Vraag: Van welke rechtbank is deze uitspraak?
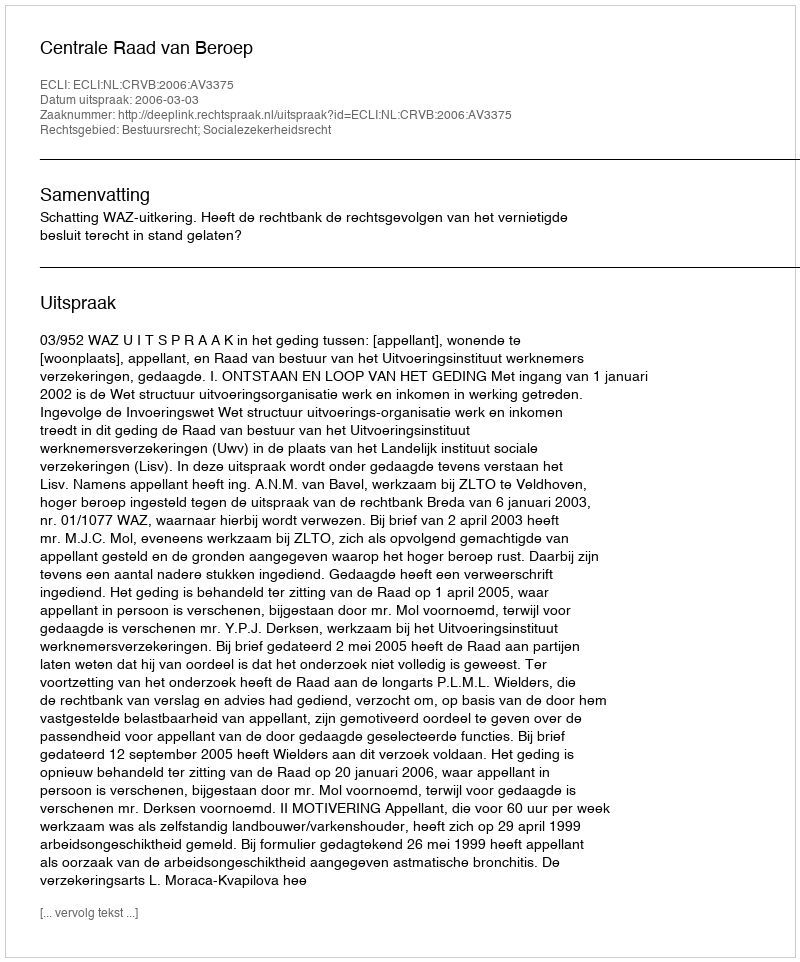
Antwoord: Centrale Raad van Beroep